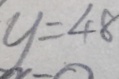
y = 4 8